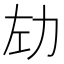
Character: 𫦦